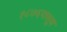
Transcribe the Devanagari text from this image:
१८७६पासून